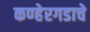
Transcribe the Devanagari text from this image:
कण्हेरगडाचे